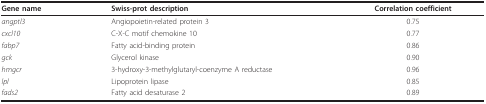
<table><thead><tr><td><b>Gene name</b></td><td><b>Swiss-prot description</b></td><td><b>Correlation coefficient</b></td></tr></thead><tbody><tr><td><i>angptl3</i></td><td>Angiopoietin-related protein 3</td><td>0.75</td></tr><tr><td><i>cxcl10</i></td><td>C-X-C motif chemokine 10</td><td>0.77</td></tr><tr><td><i>fabp7</i></td><td>Fatty acid-binding protein</td><td>0.86</td></tr><tr><td><i>gck</i></td><td>Glycerol kinase</td><td>0.90</td></tr><tr><td><i>hmgcr</i></td><td>3-hydroxy-3-methylglutaryl-coenzyme A reductase</td><td>0.96</td></tr><tr><td><i>lpl</i></td><td>Lipoprotein lipase</td><td>0.85</td></tr><tr><td><i>fads2</i></td><td>Fatty acid desaturase 2</td><td>0.89</td></tr></tbody></table>